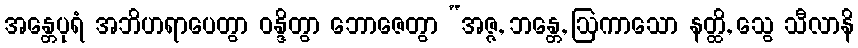
အန္တေပုရံ အဘိဟရာပေတွာ ဝန္ဒိတွာ ဘောဇေတွာ “အဇ္ဇ, ဘန္တေ, ဩကာသော နတ္ထိ, သွေ သီလာနိ